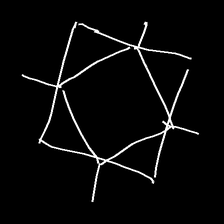
Glyph: light